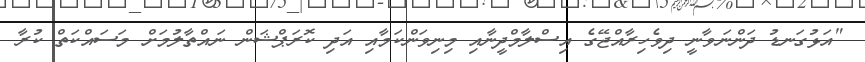
"އަޅުގަނޑު ދަންނަވާނީ ދިވެހިރާއްޖޭގެ އިސްލާމްދީނާއި މިނިވަންކަމާއި އަދި ކޮރަޕްޝަން ނައްތާލުމަށް މަސައްކަތް ކުރާ